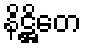
နိဋ္ဌိတေ